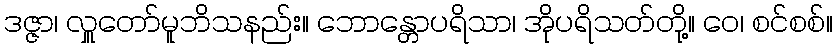
ဒဇ္ဇာ၊ လှူတော်မူဘိသနည်း။ ဘောန္တောပရိသာ၊ အိုပရိသတ်တို့။ ဝေ၊ စင်စစ်။